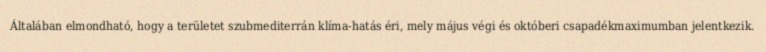
Általában elmondható, hogy a területet szubmediterrán klíma-hatás éri, mely május végi és októberi csapadékmaximumban jelentkezik.